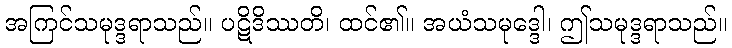
အကြင်သမုဒ္ဒရာသည်။ ပဋိဒိဿတိ၊ ထင်၏။ အယံသမုဒ္ဒေါ၊ ဤသမုဒ္ဒရာသည်။